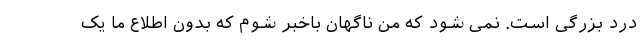
درد بزرگی است. نمی شود که من ناگهان باخبر شوم که بدون اطلاع ما یک